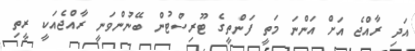
އަދި ރާއްޖެ އަށް އަންނަ މަތީ ފަންތީގެ ޓޫރިސްޓުން ބޭނުންވަނީ ރާއްޖެއަކީ ރީތި